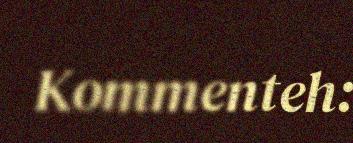
Kommenteh: